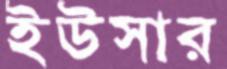
ইউসার